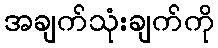
အချက်သုံးချက်ကို